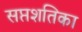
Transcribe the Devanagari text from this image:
सप्तशतिका